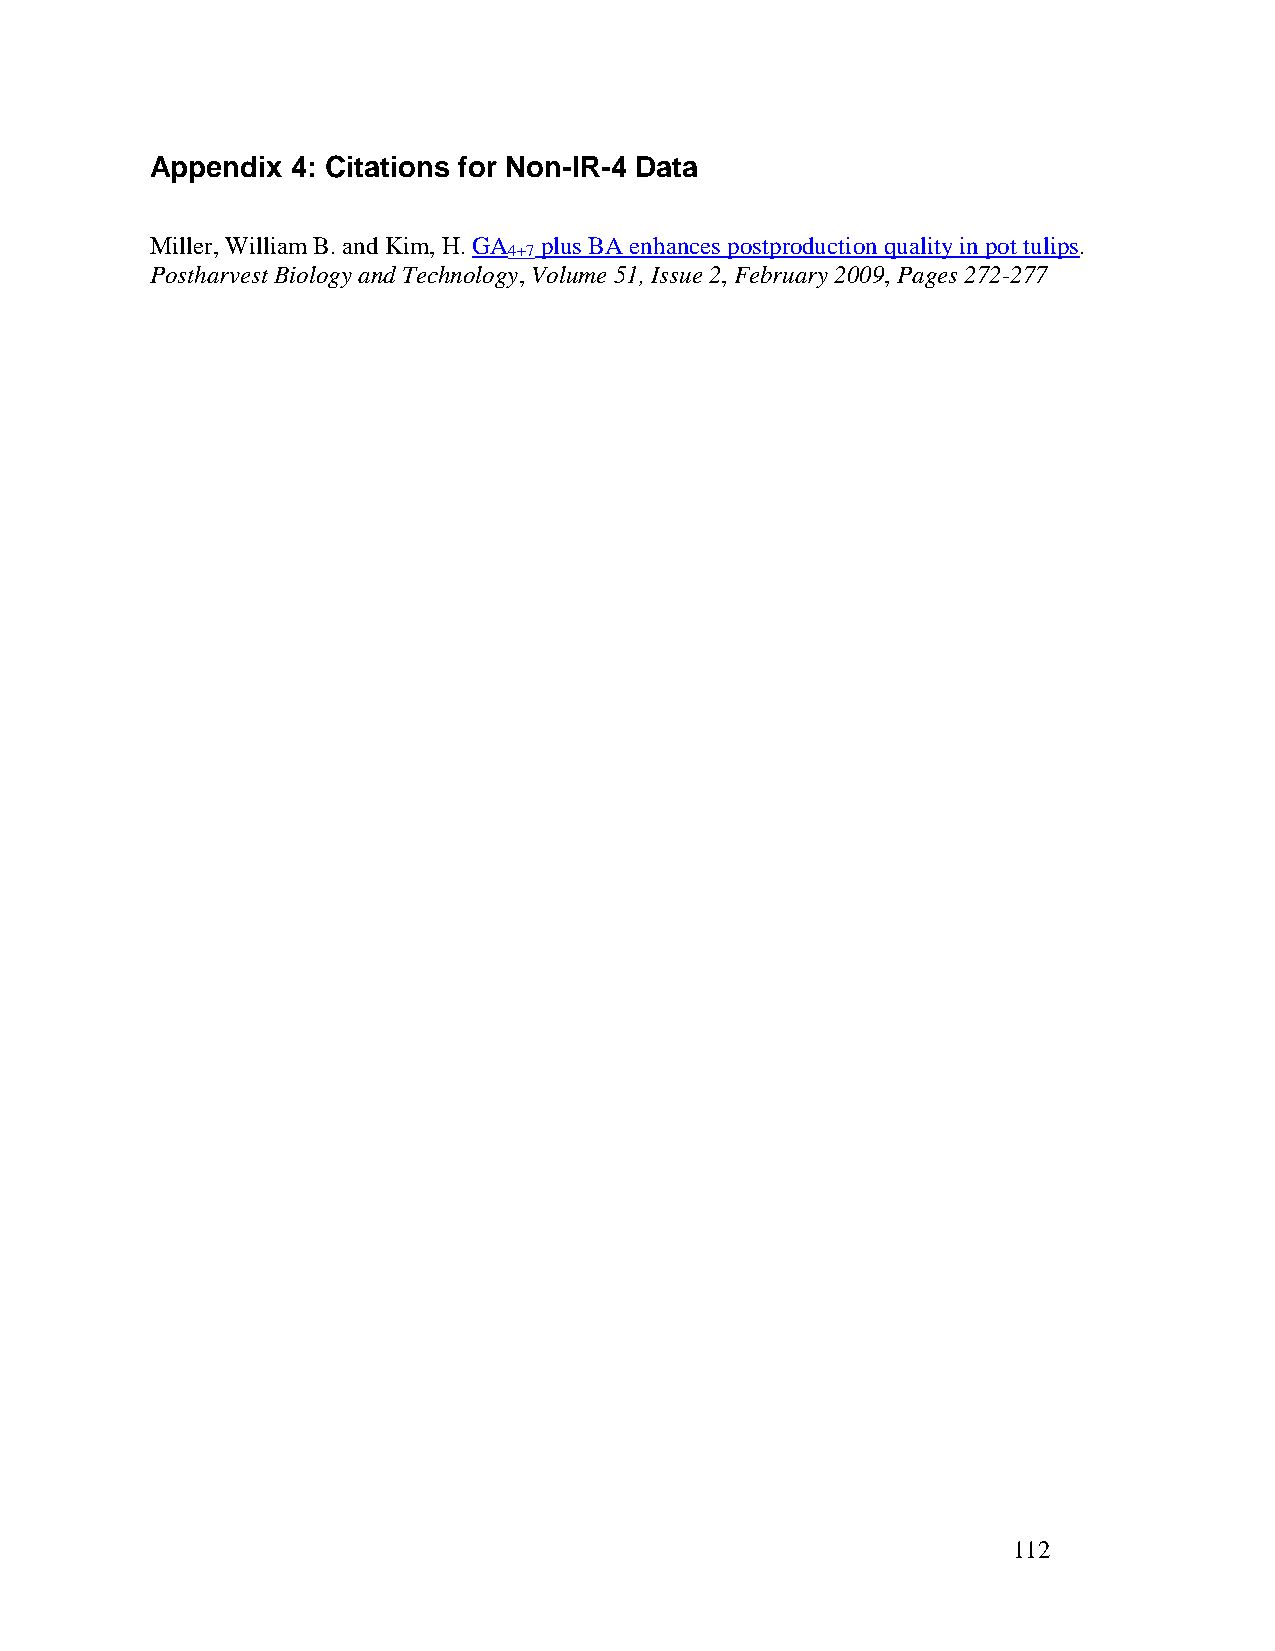
Appendix 4: Citations for Non-IR-4 Data
 Miller, William B. and Kim, H. GA plus BA enhances postproduction quality in pot tulips.
 4+7
 Postharvest Biology and Technology, Volume 51, Issue 2, February 2009, Pages 272-277
 112